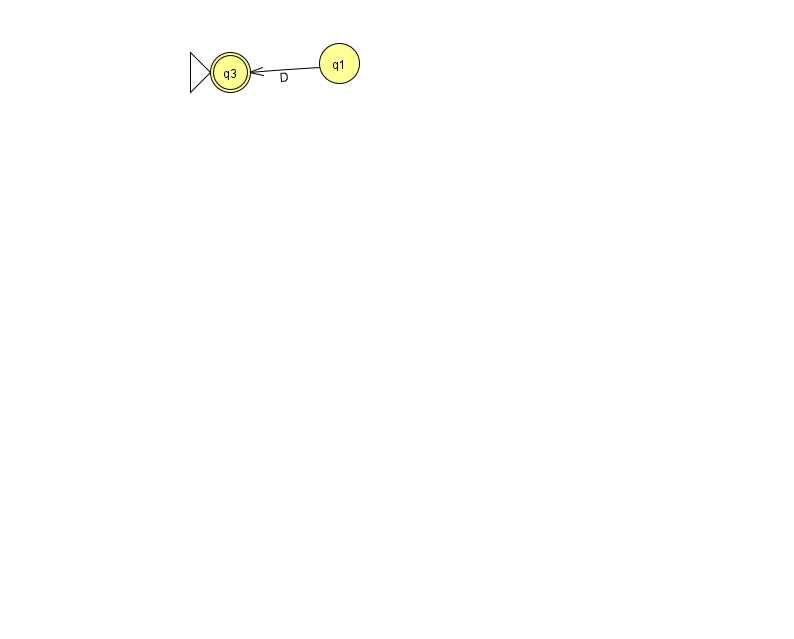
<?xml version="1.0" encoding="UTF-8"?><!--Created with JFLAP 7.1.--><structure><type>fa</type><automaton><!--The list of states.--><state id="1" name="q1"><x>339.0</x><y>50.0</y></state><state id="3" name="q3"><x>230.0</x><y>59.0</y><initial/><final/></state><!--The list of transitions.--><transition><from>1</from><to>3</to><read>D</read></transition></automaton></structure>